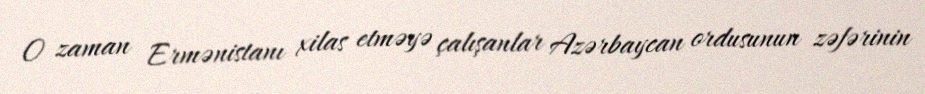
O zaman Ermənistanı xilas etməyə çalışanlar Azərbaycan ordusunun zəfərinin